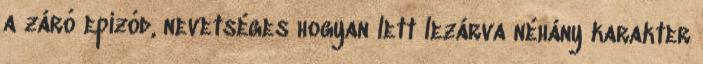
a záró epizód, nevetséges hogyan lett lezárva néhány karakter